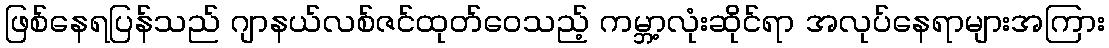
ဖြစ်နေရပြန်သည် ဂျာနယ်လစ်ဇင်ထုတ်ဝေသည့် ကမ္ဘာ့လုံးဆိုင်ရာ အလုပ်နေရာများအကြား